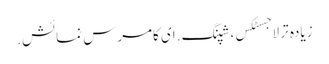
زیادہ تر لاجسٹکس، شپنگ. ای کامرس نمائش.